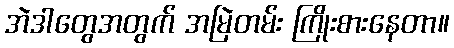
အဲဒါတွေအတွက် အမြဲတမ်း ကြိုးစားနေတာ။